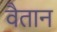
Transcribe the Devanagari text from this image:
वैतान